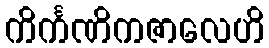
ကိင်္ကဏိကဇာလေဟိ